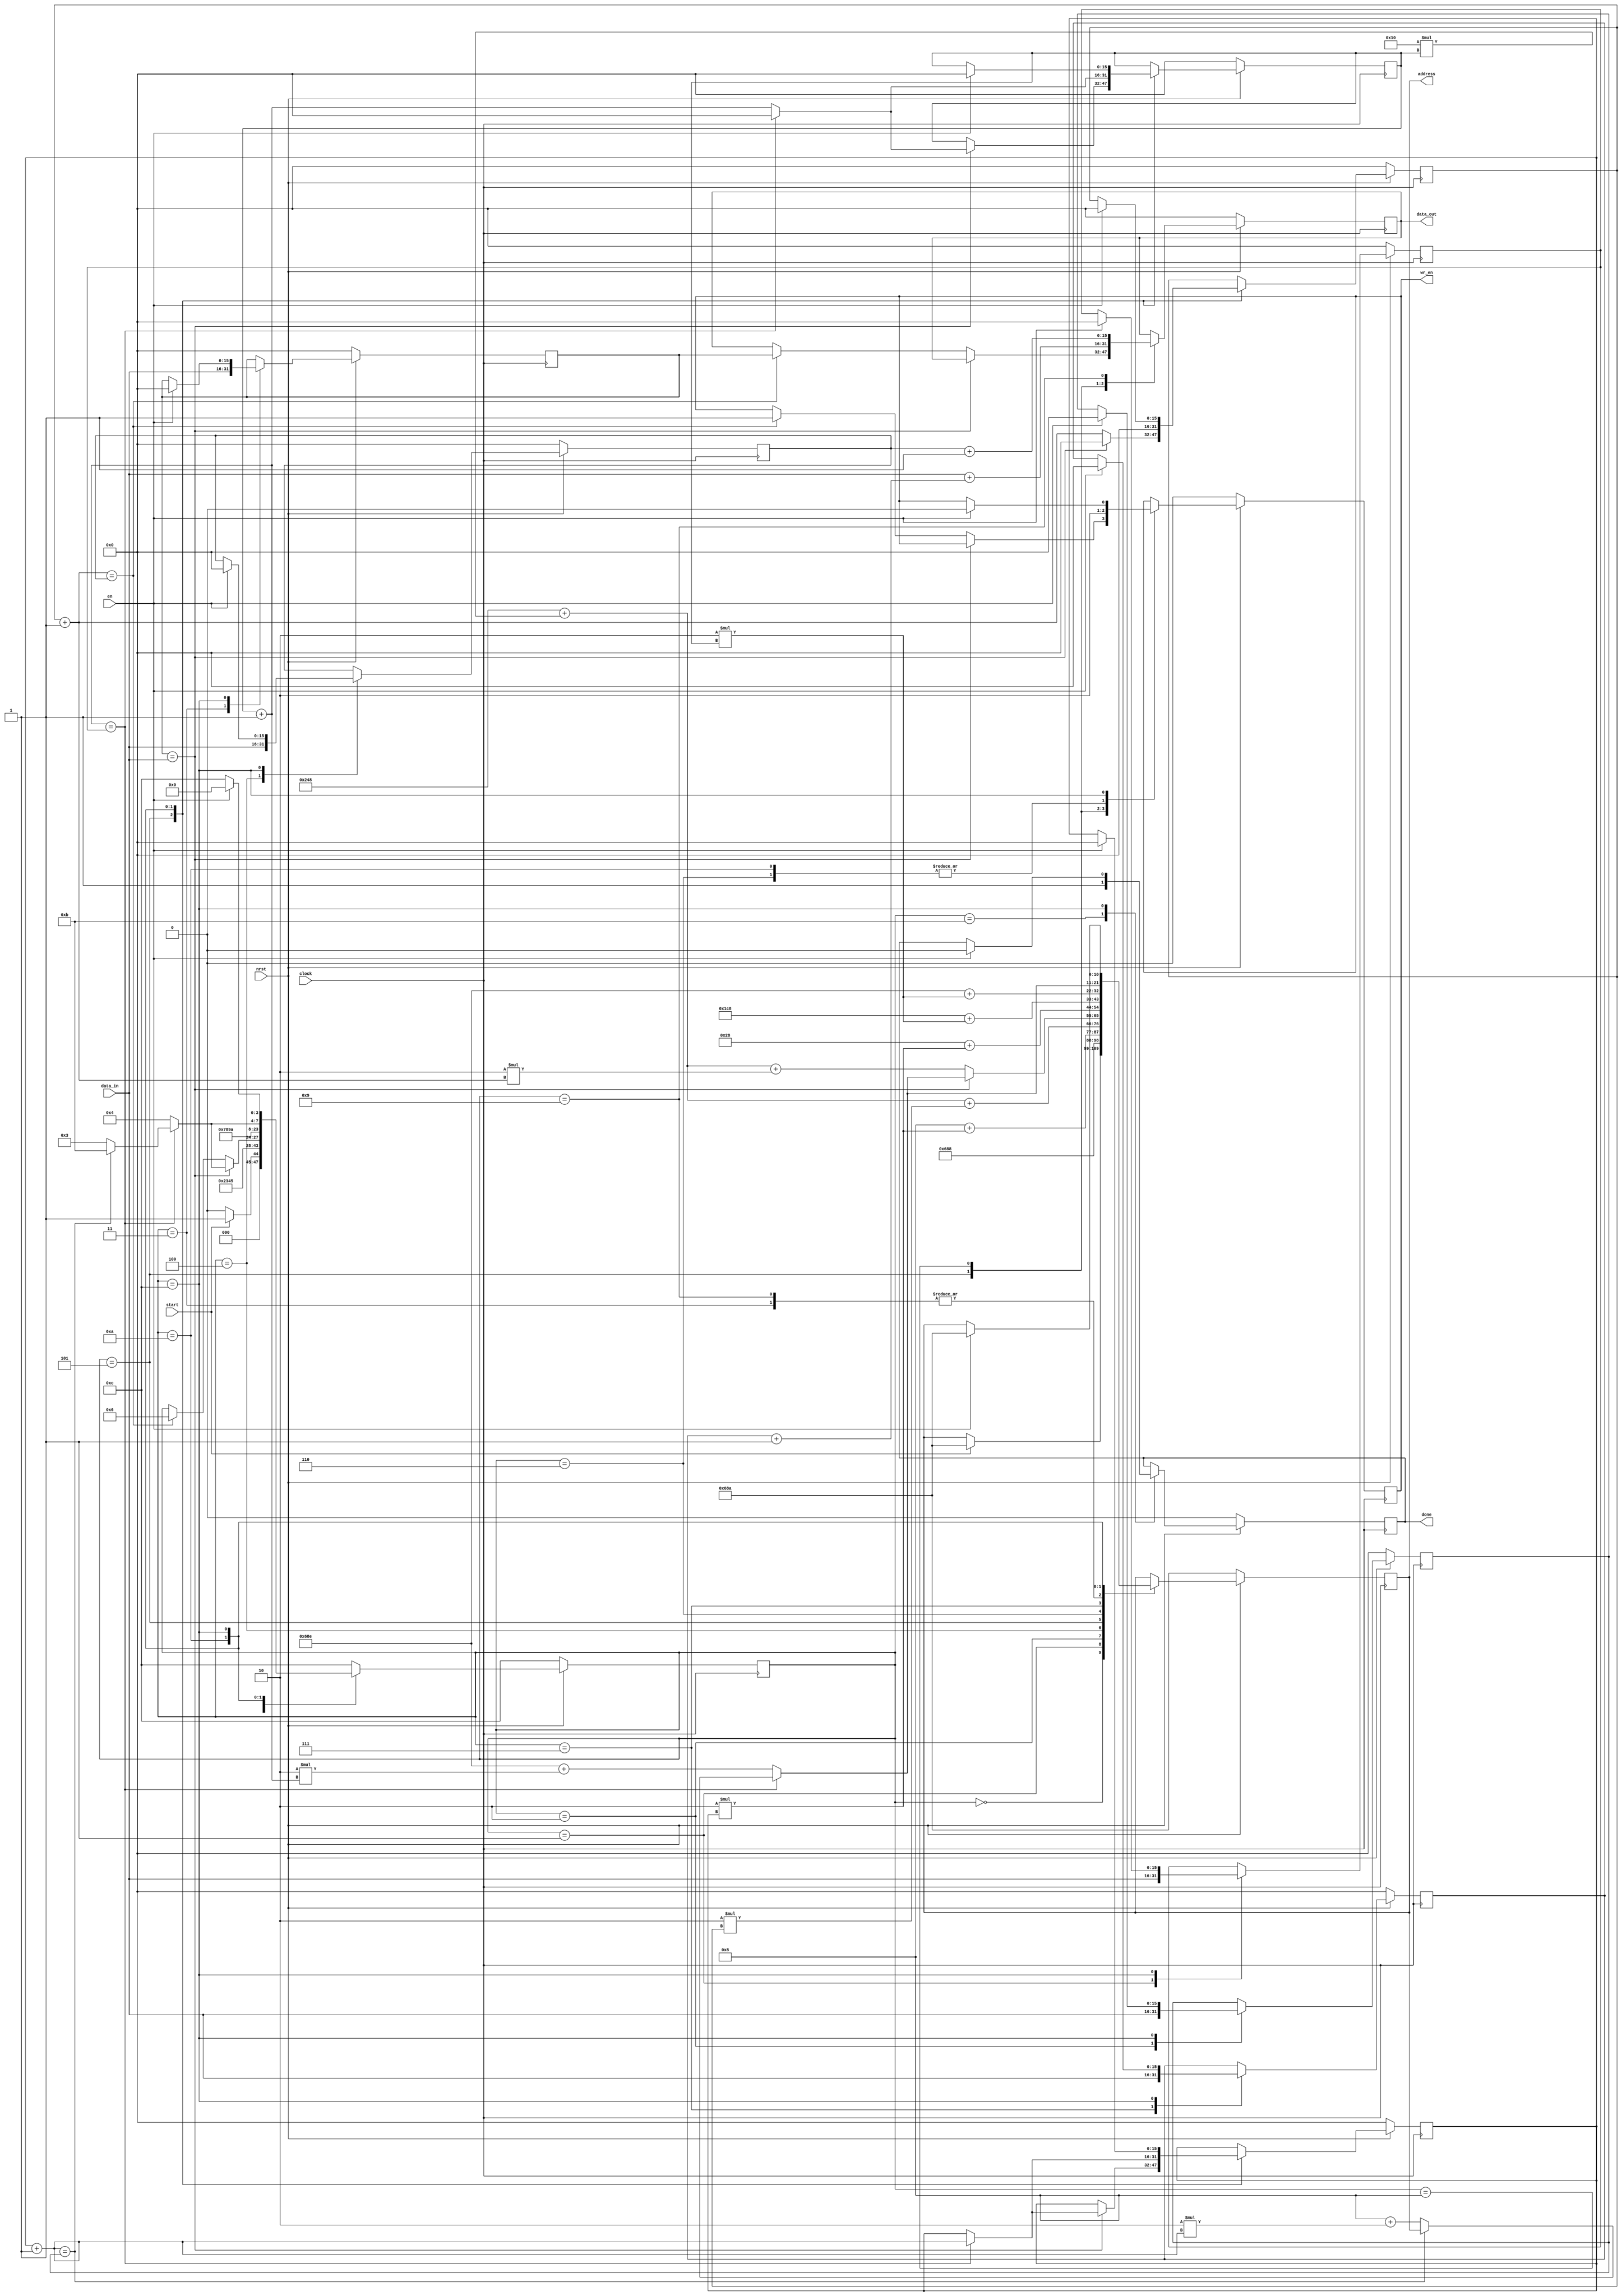
`timescale 1ns/1ps
`define WORD_WIDTH 16

module fixSinkList(clock, nrst, en, start, address, wr_en, data_in, data_out, done);
	input clock, nrst, en, start;
	input [`WORD_WIDTH-1:0] data_in;
	output done, wr_en;
	output [10:0] address;
	output [`WORD_WIDTH-1:0] data_out;

	// Registers
	reg done_buf, wr_en_buf;
	reg [10:0] address_count;
	reg [`WORD_WIDTH-1:0] data_out_buf, i, j, k;
	reg [`WORD_WIDTH-1:0] knownSinks, sinkIDs, worstHops, qValue, neighborCount, knownSinkCount, sinkIDCount;
	reg [3:0] state;

	always @ (posedge clock) begin
		if (!nrst) begin
			done_buf = 0;
			wr_en_buf = 0;
			address_count = 11'h68A; // neighborCount address
			data_out_buf = 16'h0;			
			state = 12;
			i = 0; // qValue, sinkIDCount
			j = 0; // knownSinks, worstHops
			k = 0; // sinkID_index
			knownSinkCount = 0;
			knownSinks = 0;
			neighborCount = 0;
			qValue = 0;
			sinkIDCount = 0;
			sinkIDs = 0;
			worstHops = 0;
		end
		else begin
			case (state)
				0: begin
					if (start) begin
						state = 1;
						address_count = 11'h68A; // neighborCount address
					end
					else state = 0;
				end

				1: begin
					neighborCount = data_in;
					state = 2;
					address_count = 11'h688; // knownSinkCount address
				end

				2: begin
					knownSinkCount = data_in;
					state = 3;
					address_count = 11'h8 + 2*j; // knownSinks address
				end

				3: begin
					knownSinks = data_in;
					state = 4;
					address_count = 11'h68E + 2*i; // sinkIDCount address           
				end

				4: begin                    
					sinkIDCount = data_in;
					state = 5;
					address_count = 11'h248 + 16*i + 2*k; // sinkIDs address
				end

				5: begin
					sinkIDs = data_in;
					// If found, compare with next set of sinkIDs
					if (knownSinks == sinkIDs) begin
						i = i + 1;
						k = 0;

						if (i == neighborCount) begin
							j = j + 1;
							i = 0;
							k = 0;
							
							if (j == knownSinkCount) begin
								state = 11;
							end
							else begin
								state = 3;
								address_count = 11'h8 + 2*j; // knownSinks address
							end
						end
						else begin
							state = 4;
							address_count = 11'h68E + 2*i; // sinkIDCount address
						end
					end
					else begin
						k = k + 1;
						
						if (k == sinkIDCount) begin
							state = 6;  // Append knownSink to sinkIDs
							data_out_buf = knownSinks;
							address_count = 11'h248 + 16*i + 2*k; // sinkIDs address
							wr_en_buf = 1;
							$display("Append knownSink to sinkIDs");
						end
						else begin
							// state = 5;
							address_count = 11'h248 + 16*i + 2*k; // sinkIDs address
						end
					end
				end

				6: begin
					wr_en_buf = 0;
					state = 7;
					address_count = 11'h28 + 2*j; // worstHops address
				end

				7: begin
					worstHops = data_in;
					state = 8;
					address_count = 11'h1C8 + 2*i; // qValue address (read)
				end

				8: begin
					qValue = data_in;
					state = 9;
					data_out_buf = qValue + (worstHops + 1); // Update qValue (add worstHops)
					// address_count = 11'h1C8 + 2*i; // qValue address (write)
					wr_en_buf = 1;
				end

				9: begin
					//wr_en_buf = 0;
					state = 10;
					data_out_buf = sinkIDCount + 1;
					address_count = 11'h68E + 2*i;
					//wr_en_buf = 1;
				end

				10: begin
					wr_en_buf = 0;
					i = i + 1; // Compare knownSink with next set of sinkIDs after append
					k = 0;

					if (i == neighborCount) begin
						j = j + 1;
						i = 0;
						k = 0;
						
						if (j == knownSinkCount) begin
							state = 11;
						end
						else begin
							state = 3;
							address_count = 11'h8 + 2*j; // knownSinks address
						end 
					end
					else begin
						state = 4;
						address_count = 11'h68E + 2*i; // sinkIDCount address
					end 
				end

				11: begin
					done_buf = 1;
					state = 12;
				end

				12: begin
					if (en) begin
						done_buf = 0;
						wr_en_buf = 0;
						address_count = 11'h68A; // neighborCount address
						state = 0;
						i = 0; // qValue, sinkIDCount
						j = 0; // knownSinks, worstHops
						k = 0; // sinkID_index
						knownSinkCount = 0;
						knownSinks = 0;
						neighborCount = 0;
						qValue = 0;
						sinkIDCount = 0;
						sinkIDs = 0;
						worstHops = 0;
					end
					else state = 12;
				end

				default: state = 12;
			endcase
		end
	end
	assign done = done_buf;
	assign address = address_count;
	assign wr_en = wr_en_buf;
	assign data_out = data_out_buf;
endmodule